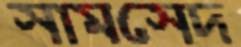
সামসেদ